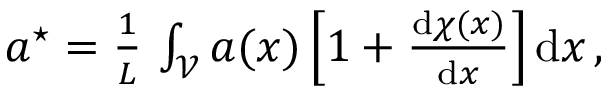
\begin{array} { r } { a ^ { \star } = \frac { 1 } { L } \, \int _ { \mathcal { V } } a ( x ) \left[ 1 + \frac { \mathrm { d } \chi ( x ) } { \mathrm { d } x } \right] \mathrm { d } x \, , } \end{array}